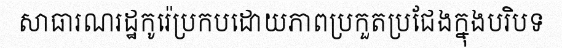
សាធារណរដ្ឋកូរ៉េប្រកបដោយភាពប្រកួតប្រជែងក្នុងបរិបទ